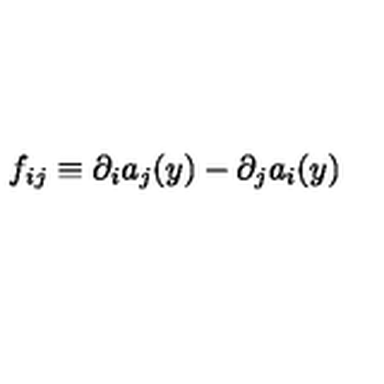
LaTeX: f _ { i j } \equiv \partial _ { i } a _ { j } ( y ) - \partial _ { j } a _ { i } ( y )